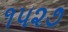
૧૫૨૭